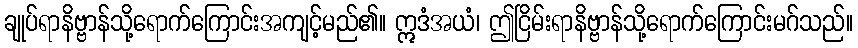
ချုပ်ရာနိဗ္ဗာန်သို့ရောက်ကြောင်းအကျင့်မည်၏။ ဣဒံအယံ၊ ဤငြိမ်းရာနိဗ္ဗာန်သို့ရောက်ကြောင်းမဂ်သည်။